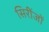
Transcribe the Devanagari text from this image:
सिरींजों